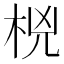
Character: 𰗟